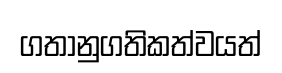
ගතානුගතිකත්වයත්